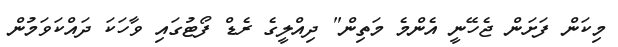
މިކަން ފަށަން ޖެހޭނީ އެންމެ މަތިން" ދިއްލީގެ ރެޑް ފޯޓުގައި ވާހަކަ ދައްކަވަމުން